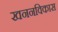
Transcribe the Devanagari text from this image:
खननविकास